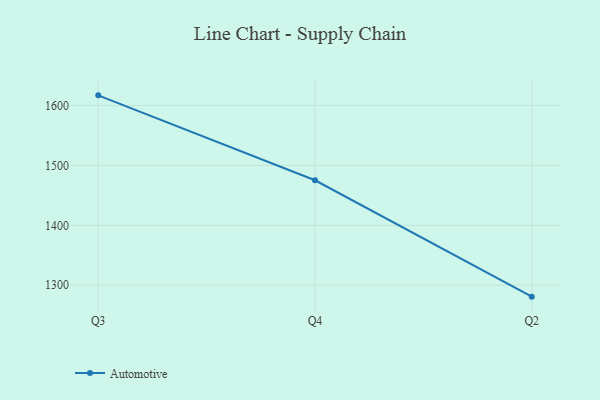
{"axis": {"x": "Quarter", "y": "Net Income (USD K)"}, "legend": ["Automotive"], "data": [{"x": "Q3", "y": 1617.0, "type": "Automotive"}, {"x": "Q4", "y": 1475.2, "type": "Automotive"}, {"x": "Q2", "y": 1280.9, "type": "Automotive"}]}